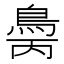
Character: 𲍝